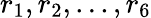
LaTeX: r_{1},r_{2},...,r_{6}